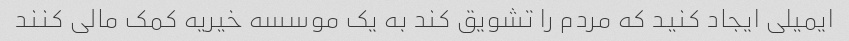
ایمیلی ایجاد کنید که مردم را تشویق کند به یک موسسه خیریه کمک مالی کنند